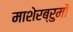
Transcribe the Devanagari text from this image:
माशेरब्रुमों